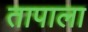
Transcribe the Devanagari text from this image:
तापाला